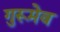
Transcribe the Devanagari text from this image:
गुरूमेव